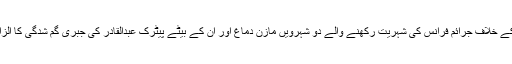
ان پر شام میں انسانیت کے خلاف جرائم فرانس کی شہریت رکھنے والے دو شہرویں مازن دماغ اور ان کے بیٹے پیٹرک عبدالقادر کی جبری گم شدگی کا الزام بھی عاید کیا جاتا ہے۔